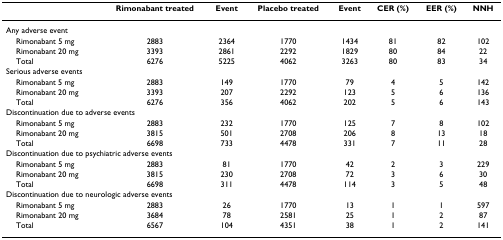
<table><thead><tr><td></td><td><b>Rimonabant treated</b></td><td><b>Event</b></td><td><b>Placebo treated</b></td><td><b>Event</b></td><td><b>CER (%)</b></td><td><b>EER (%)</b></td><td><b>NNH</b></td></tr></thead><tbody><tr><td colspan="8">Any adverse event</td></tr><tr><td> Rimonabant 5 mg</td><td>2883</td><td>2364</td><td>1770</td><td>1434</td><td>81</td><td>82</td><td>102</td></tr><tr><td> Rimonabant 20 mg</td><td>3393</td><td>2861</td><td>2292</td><td>1829</td><td>80</td><td>84</td><td>22</td></tr><tr><td> Total</td><td>6276</td><td>5225</td><td>4062</td><td>3263</td><td>80</td><td>83</td><td>34</td></tr><tr><td colspan="8">Serious adverse events</td></tr><tr><td> Rimonabant 5 mg</td><td>2883</td><td>149</td><td>1770</td><td>79</td><td>4</td><td>5</td><td>142</td></tr><tr><td> Rimonabant 20 mg</td><td>3393</td><td>207</td><td>2292</td><td>123</td><td>5</td><td>6</td><td>136</td></tr><tr><td> Total</td><td>6276</td><td>356</td><td>4062</td><td>202</td><td>5</td><td>6</td><td>143</td></tr><tr><td colspan="8">Discontinuation due to adverse events</td></tr><tr><td> Rimonabant 5 mg</td><td>2883</td><td>232</td><td>1770</td><td>125</td><td>7</td><td>8</td><td>102</td></tr><tr><td> Rimonabant 20 mg</td><td>3815</td><td>501</td><td>2708</td><td>206</td><td>8</td><td>13</td><td>18</td></tr><tr><td> Total</td><td>6698</td><td>733</td><td>4478</td><td>331</td><td>7</td><td>11</td><td>28</td></tr><tr><td colspan="8">Discontinuation due to psychiatric adverse events</td></tr><tr><td> Rimonabant 5 mg</td><td>2883</td><td>81</td><td>1770</td><td>42</td><td>2</td><td>3</td><td>229</td></tr><tr><td> Rimonabant 20 mg</td><td>3815</td><td>230</td><td>2708</td><td>72</td><td>3</td><td>6</td><td>30</td></tr><tr><td> Total</td><td>6698</td><td>311</td><td>4478</td><td>114</td><td>3</td><td>5</td><td>48</td></tr><tr><td colspan="8">Discontinuation due to neurologic adverse events</td></tr><tr><td> Rimonabant 5 mg</td><td>2883</td><td>26</td><td>1770</td><td>13</td><td>1</td><td>1</td><td>597</td></tr><tr><td> Rimonabant 20 mg</td><td>3684</td><td>78</td><td>2581</td><td>25</td><td>1</td><td>2</td><td>87</td></tr><tr><td> Total</td><td>6567</td><td>104</td><td>4351</td><td>38</td><td>1</td><td>2</td><td>141</td></tr></tbody></table>